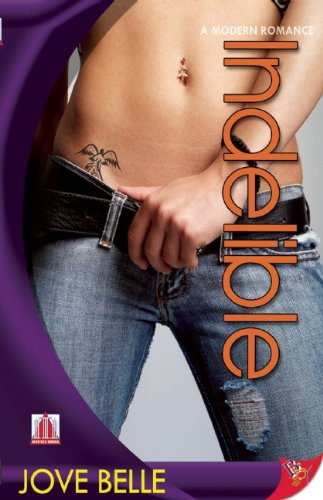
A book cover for Indelible (Modern Romance (Bold Strokes Books)); Jove Belle; Gay & Lesbian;